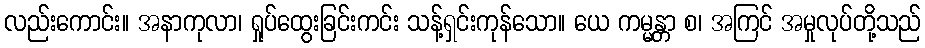
လည်းကောင်း။ အနာကုလာ၊ ရှုပ်ထွေးခြင်းကင်း သန့်ရှင်းကုန်သော။ ယေ ကမ္မန္တာ စ၊ အကြင် အမှုလုပ်တို့သည်